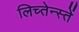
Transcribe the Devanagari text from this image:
लिच्तेन्स्तें